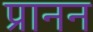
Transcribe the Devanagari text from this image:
प्रानन